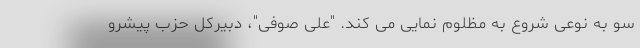
سو به نوعی شروع به مظلوم نمایی می کند. "علی صوفی"، دبیرکل حزب پیشرو